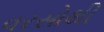
વરસોથી